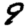
Digit: 9